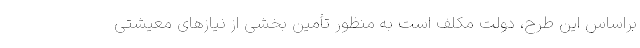
براساس این طرح، دولت مکلف است به منظور تأمین بخشی از نیازهای معیشتی